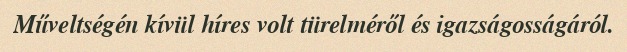
Műveltségén kívül híres volt türelméről és igazságosságáról.